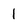
Character: 1